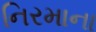
નિરમાના